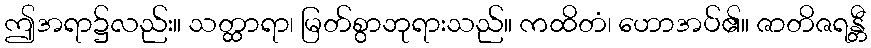
ဤအရာ၌လည်း။ သတ္ထာရာ၊ မြတ်စွာဘုရားသည်။ ကထိတံ၊ ဟောအပ်၏။ ဇာတိဇရန္တီ